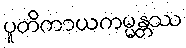
ပူတိကာယကမ္မန္တဿ